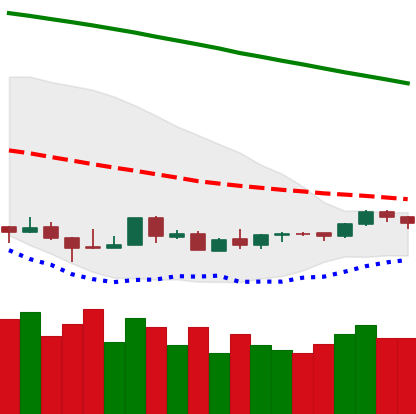
Ticker: LTC-USD
Chart end date: 2018-08-30
Forward return: 12.26%
Label: up_7plus